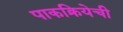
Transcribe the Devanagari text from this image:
पाकक्रियेची